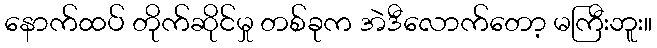
နောက်ထပ် တိုက်ဆိုင်မှု တစ်ခုက အဲဒီလောက်တော့ မကြီးဘူး။